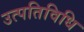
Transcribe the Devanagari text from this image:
उत्पतिविधि